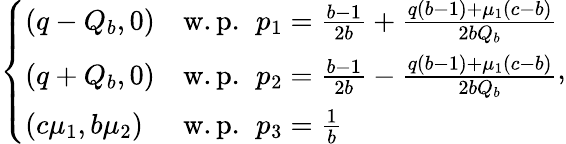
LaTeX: \left\{ \begin{array}{ll}{(q-Q_{b},0)}&{\mathrm{w.p.~}\, p_{1}=\frac{b-1}{2b}+\frac{q(b-1)+\mu_{1}(c-b)}{2bQ_{b}}}\\ {(q+Q_{b},0)}&{\mathrm{w.p.~}\, p_{2}=\frac{b-1}{2b}-\frac{q(b-1)+\mu_{1}(c-b)}{2bQ_{b}}}\\ {(c\mu_{1},b\mu_{2})}&{\mathrm{w.p.~}\, p_{3}=\frac{1}{b}}\end{array}\right.,